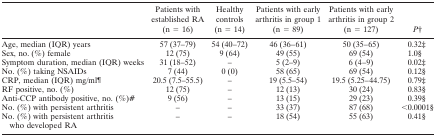
<table><thead><tr><td></td><td><b>Patients with established RA (n = 16)</b></td><td><b>Healthy controls (n = 14)</b></td><td><b>Patients with early arthritis in group 1 (n = 89)</b></td><td><b>Patients with early arthritis in group 2 (n = 127)</b></td><td><b><i>P</i>†</b></td></tr></thead><tbody><tr><td>Age, median (IQR) years</td><td>57 (37–79)</td><td>54 (40–72)</td><td>46 (36–61)</td><td>50 (35–65)</td><td>0.32‡</td></tr><tr><td>Sex, no. (%) female</td><td>12 (75)</td><td>9 (64)</td><td>49 (55)</td><td>69 (54)</td><td>1.0§</td></tr><tr><td>Symptom duration, median (IQR) weeks</td><td>31 (18–52)</td><td>–</td><td>5 (2–9)</td><td>6 (4–9)</td><td>0.02‡</td></tr><tr><td>No. (%) taking NSAIDs</td><td>7 (44)</td><td>0 (0)</td><td>58 (65)</td><td>69 (54)</td><td>0.12§</td></tr><tr><td>CRP, median (IQR) mg/ml¶</td><td>20.5 (7.5–55.5)</td><td>–</td><td>19 (5.5–54)</td><td>19.5 (5.25–44.75)</td><td>0.79‡</td></tr><tr><td>RF positive, no. (%)</td><td>12 (75)</td><td>–</td><td>12 (13)</td><td>30 (24)</td><td>0.83§</td></tr><tr><td>Anti-CCP antibody positive, no. (%)#</td><td>9 (56)</td><td>–</td><td>13 (15)</td><td>29 (23)</td><td>0.39§</td></tr><tr><td>No. (%) with persistent arthritis</td><td>–</td><td>–</td><td>33 (37)</td><td>87 (68)</td><td>&lt;0.0001‡</td></tr><tr><td>No. (%) with persistent arthritis who developed RA</td><td>–</td><td>–</td><td>18 (54)</td><td>55 (63)</td><td>0.41‡</td></tr></tbody></table>